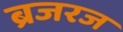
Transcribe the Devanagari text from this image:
ब्रजरज